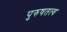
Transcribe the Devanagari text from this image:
पुरुषतत्व